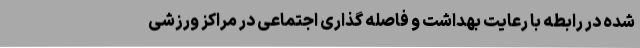
شده در رابطه با رعایت بهداشت و فاصله گذاری اجتماعی در مراکز ورزشی